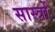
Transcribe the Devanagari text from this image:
सास्त्रों